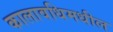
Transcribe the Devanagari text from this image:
कालावधिमधील